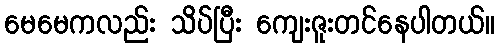
မေမေကလည်း သိပ်ပြီး ကျေးဇူးတင်နေပါတယ်။